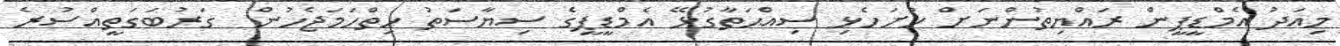
މިއަދު އެމްޑީޕީން ރައްޔިތުންނަށް ހުށަހެޅި ސިއްޙަތާގުޅޭ އެމްޑީޕީގެ ސިޔާސަތު ހިތްހަމަޖެހުން  ގަރުބަގަތީއްސުރެ